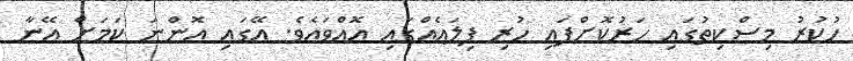
ހުކުރު މިސްކިތުގައި ހަރުކޮށްފައި ހުރި ފިލައެއްގައި އޮއްވައެވެ. އޭގައި އޮންނަ ކަމަށް އޭނާ